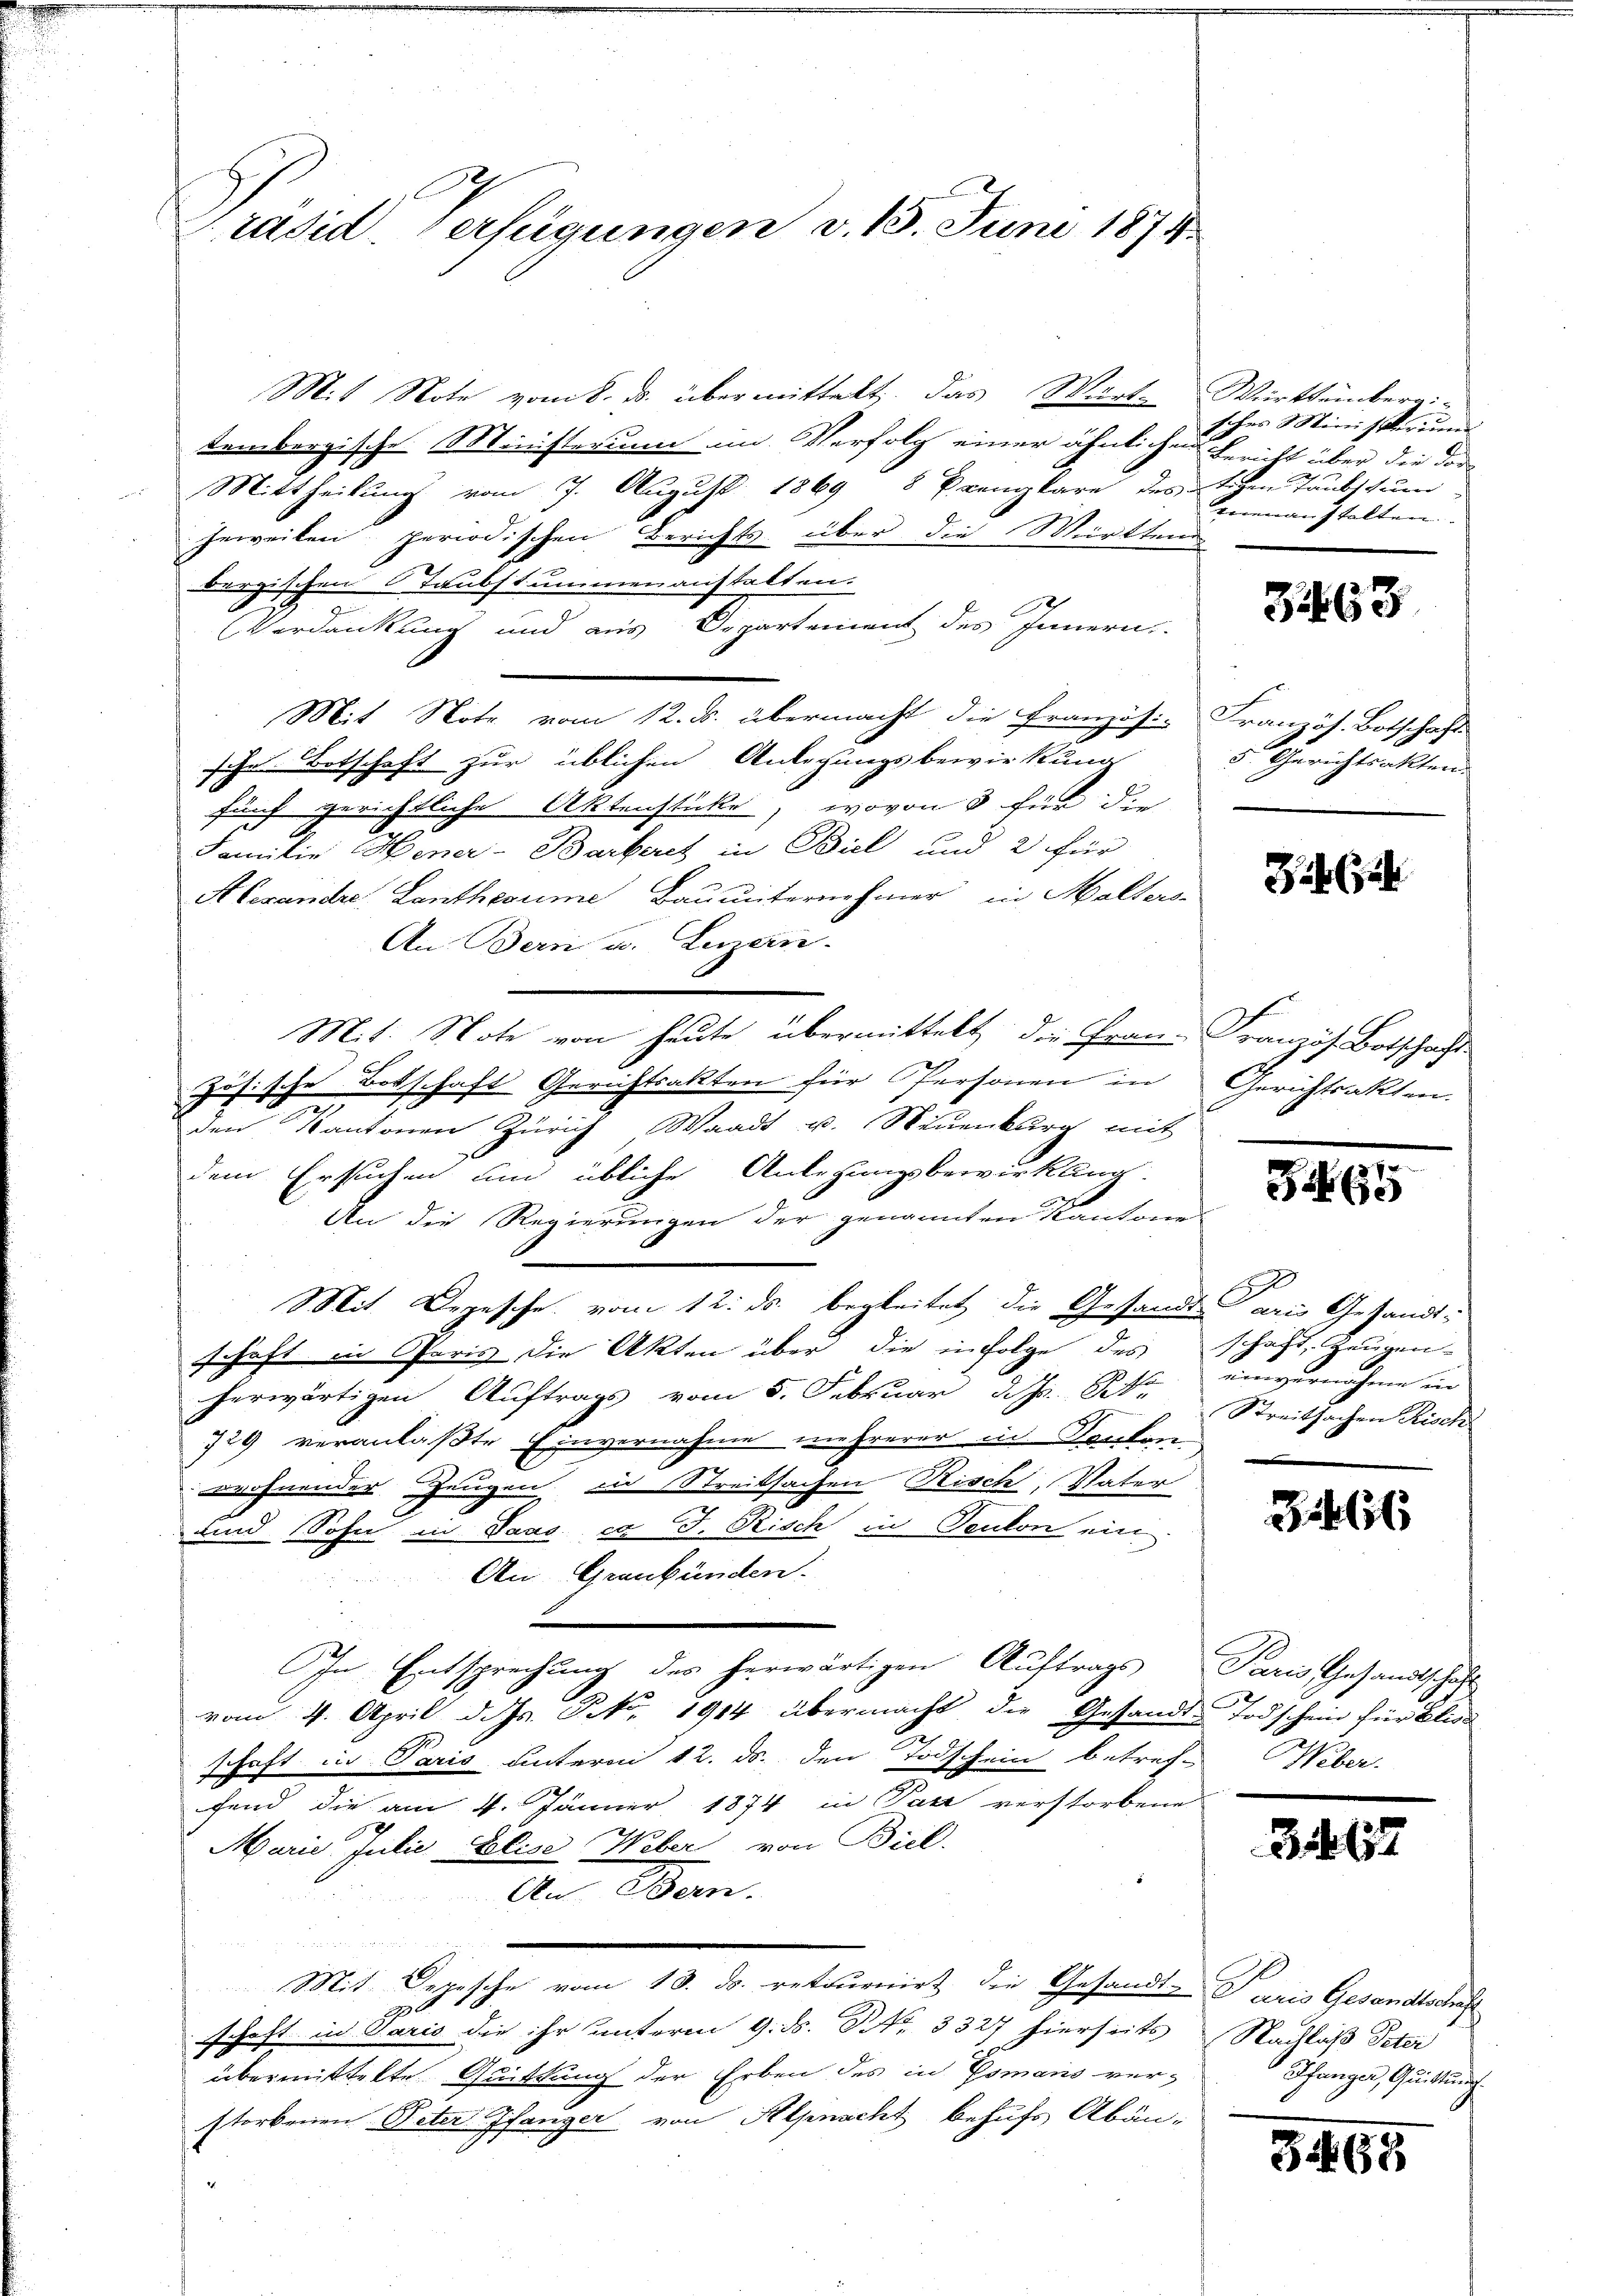
Präsid verfügungen v. 13. Juni 1874.

Mit Note vom 8. ds. übermittelt. Das Wart-Württemberg:
tembergische Ministerium im Verfolg einer ähnlichen bei über die dar
Mittheilung vom 7. August 1869 8 Exemplare des Sichen Taubstum
jeweiben periodischen Berichts über die Württem
bergischen Taubstummenanstatten.
Verdankung und aus Departement des Innern
Mit Note vom 12. ds. übermacht die Französi- Französ. Botschaft
sche Botschaft zur üblichen Anlegungsbewirkung
fünf gerichtliche Aktenstücke, wovon 3 für die
Familie Hener-Barkeret in Biel und 2 für
Alexandre Lanthesume Bauunternehmer in Halters
An Bern u. Luzern
Mit. Note von heute übermittelt die Frau-Französ. Botschaft
zösische Botschaft Gerichtsakten für Personen in Gerichtsakten.
den Kantonen Zürich Waadt u. Neuenburg mit
dem Ersuchen um übliche Anlegungsbewirkung.
An die Regierungen der genannten Kantone
Mit Depesche vom 12. ds. begleitet die Gesandte Paris Gesandtschaft in Paris die Akten über die in Folge des Schaft, Zeugen-
herwärtigen Auftrags vom 5. Februar d. Js. k. Streitsachen Rich
729 veranlaßte Einvernahme mehrerer in Kanton-
wohnender Zeugen in Streitsachen Risch, Vater
und Sohn in Paas ca J. Risch in Teuton ein
An Graubünden.
In Entsprechung des herwärtigen Auftrags Paris Gesandtschaft
vom 4. April d. Js. Pro. 1914 übermacht die Gesandte Todschein für Elisa
schaft in Paris unterm 12. ds. den Todschein betref-
fend die am 4. Jänner 1874 in Pare verstorbene
r
Marie Julie, Elise Weber von Biel.
An Bern.
u
Mit Depesche vom 13. ds. retournirt die Gesandt- Paris Gesandtschaf
1
schaft in Paris die ihr unterm 9. ds. Nr. 3327 hierseits Nachlaß Peter
übermittelte Quittung der Erben des in Gsmans ver-
storbenen Peter Pfaniger von Alpnacht behufs Abän¬

schen Ministeriums
menanstalten.

3463

5. Gerichtsakten.

Zi

s
a

einvernahme in

3466

Weber.

3157

Schweizer, Quintlich

3465